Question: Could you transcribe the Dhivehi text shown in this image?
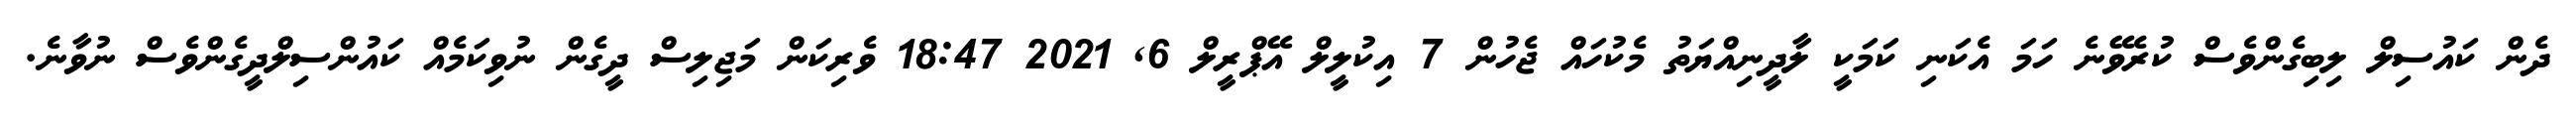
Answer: ދެން ކައުސިލް ލިބިގެންވެސް ކުރެވޭނެ ހަމަ އެކަނި ކަމަކީ ލާދީނިއްޔަތު މެކުހައް ޖެހުން 7 އިކުލީލް އޭޕްރީލް 6, 2021 18:47 ވެރިކަން މަޖިލިސް ދީގެން ނުވިކަމެއް ކައުންސިލްދީގެންވެސް ނުވާނެ.